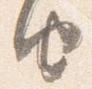
由